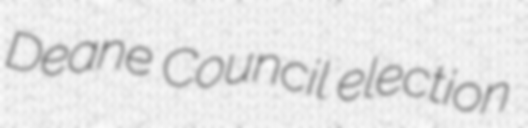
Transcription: Deane Council election